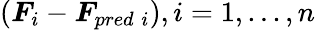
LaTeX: (\boldsymbol{F}_{i}-\boldsymbol{F}_{pred\; i}),i=1,...,n